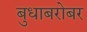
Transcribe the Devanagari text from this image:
बुधाबरोबर